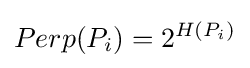
Perp(P_{i})=2^{H(P_{i})}